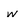
Character: w